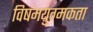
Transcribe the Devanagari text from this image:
विषमयुग्मकता